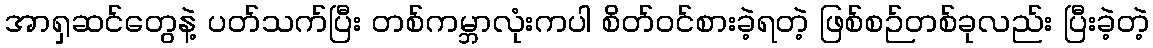
အာရှဆင်တွေနဲ့ ပတ်သက်ပြီး တစ်ကမ္ဘာလုံးကပါ စိတ်ဝင်စားခဲ့ရတဲ့ ဖြစ်စဉ်တစ်ခုလည်း ပြီးခဲ့တဲ့